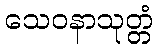
သေဝနာသုတ္တံ